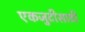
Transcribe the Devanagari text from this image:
एकजुटीसाठी